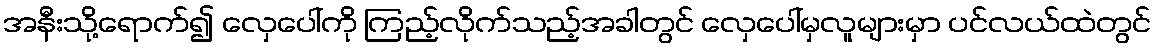
အနီးသို့ရောက်၍ လှေပေါ်ကို ကြည့်လိုက်သည့်အခါတွင် လှေပေါ်မှလူများမှာ ပင်လယ်ထဲတွင်